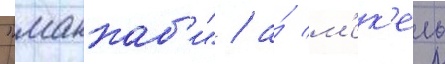
"маккаб'и" / а́ м'ек'ель